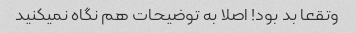
وتقعا بد بود! اصلا به توضیحات هم نگاه نمیکنید